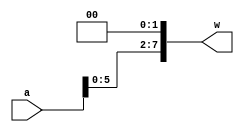



// --------------------- shifter --------------------- 
  
module left2Shift8b(output [7:0] w, input [7:0] a);
    supply0 zero;
    and(w[0], a[6], zero);
    and(w[1], a[7], zero);
    
    genvar i;
    generate 
        for (i = 2; i < 8; i = i + 1) begin: lf
            or(w[i], a[i-2], zero);
        end
    endgenerate

endmodule